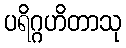
ပရိဂ္ဂဟိတာသု